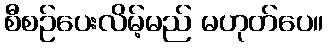
စီစဉ်ပေးလိမ့်မည် မဟုတ်ပေ။